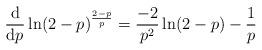
LaTeX: \begin{align*} \frac{\mathrm{d}}{\mathrm{d}p}\ln(2-p)^\frac{2-p}{p}=\frac{-2}{p^2}\ln(2-p)-\frac{1}{p}\end{align*}